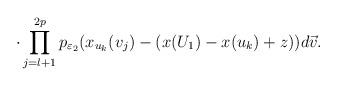
LaTeX: \begin{align*}\cdot\prod^{2p}_{j=l+1}p_{\varepsilon_2}(x_{u_k}(v_j)-(x(U_1)-x(u_k)+z))d\vec{v}.\end{align*}